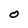
Character: O